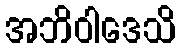
အဘိဝါဒေသိ